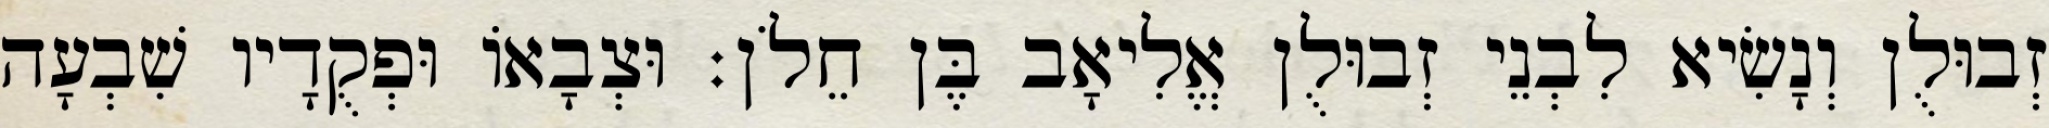
זְבוּלֻן וְנָשִׂיא לִבְנֵי זְבוּלֻן אֱלִיאָב בֶּן חֵלֹן׃ וּצְבָאוֹ וּפְקֻדָיו שִׁבְעָה